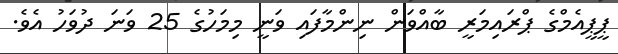
ޕީޕީއެމްގެ ޕްރައިމަރީ ބާއްވަން ނިންމާފައި ވަނީ މިމަހުގެ 25 ވަނަ ދުވަހު އެވެ.